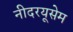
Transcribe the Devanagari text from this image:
नीदरयूसेम